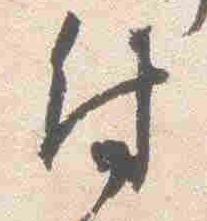
付